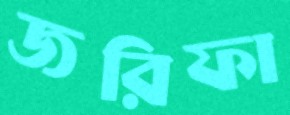
জরিফা